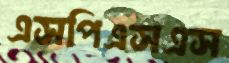
এসপিএসএস